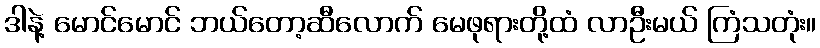
ဒါနဲ့ မောင်မောင် ဘယ်တော့ဆီလောက် မေဖုရားတို့ထံ လာဦးမယ် ကြံသတုံး။